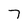
Character: 7